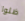
ظلوا